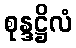
စုန္ဒဋ္ဌိလံ